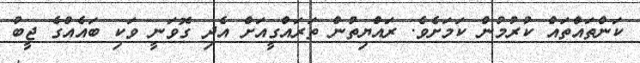
ކަންތައްތައް ކުރުމުން ކަމަށެވެ. ރައްޔިތުން ތަރައްގީއަށް އެދި ގޮވަނީ ވަކި ބައެއްގެ ޖީބު